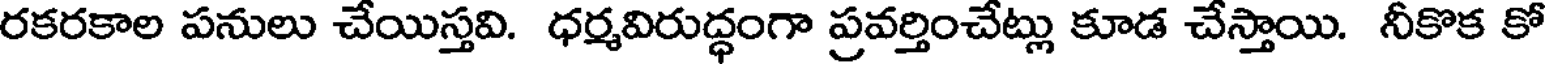
రకరకాల పనులు చేయిస్తవి. ధర్మవిరుద్ధంగా ప్రవర్తించేట్లు కూడ చేస్తాయి. నీకొక కో